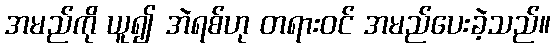
အမည်ကို ယူ၍ အဲရစ်ဟု တရားဝင် အမည်ပေးခဲ့သည်။